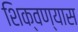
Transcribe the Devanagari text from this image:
शिक्वण्यास